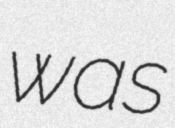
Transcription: was